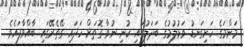
މަންމަގެ ހަށިގަނޑު ވަޅުލުމުގެ ބަދަލުގައި ކުނި ނުވާ ގޮތަށް ހަދައި ގޭތެރޭގައި ބާއްވާފައެވެ.